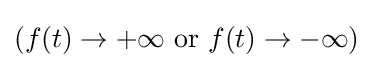
(f(t)\to +\infty {\text{ or }}f(t)\to -\infty )